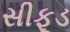
સીફૂડ